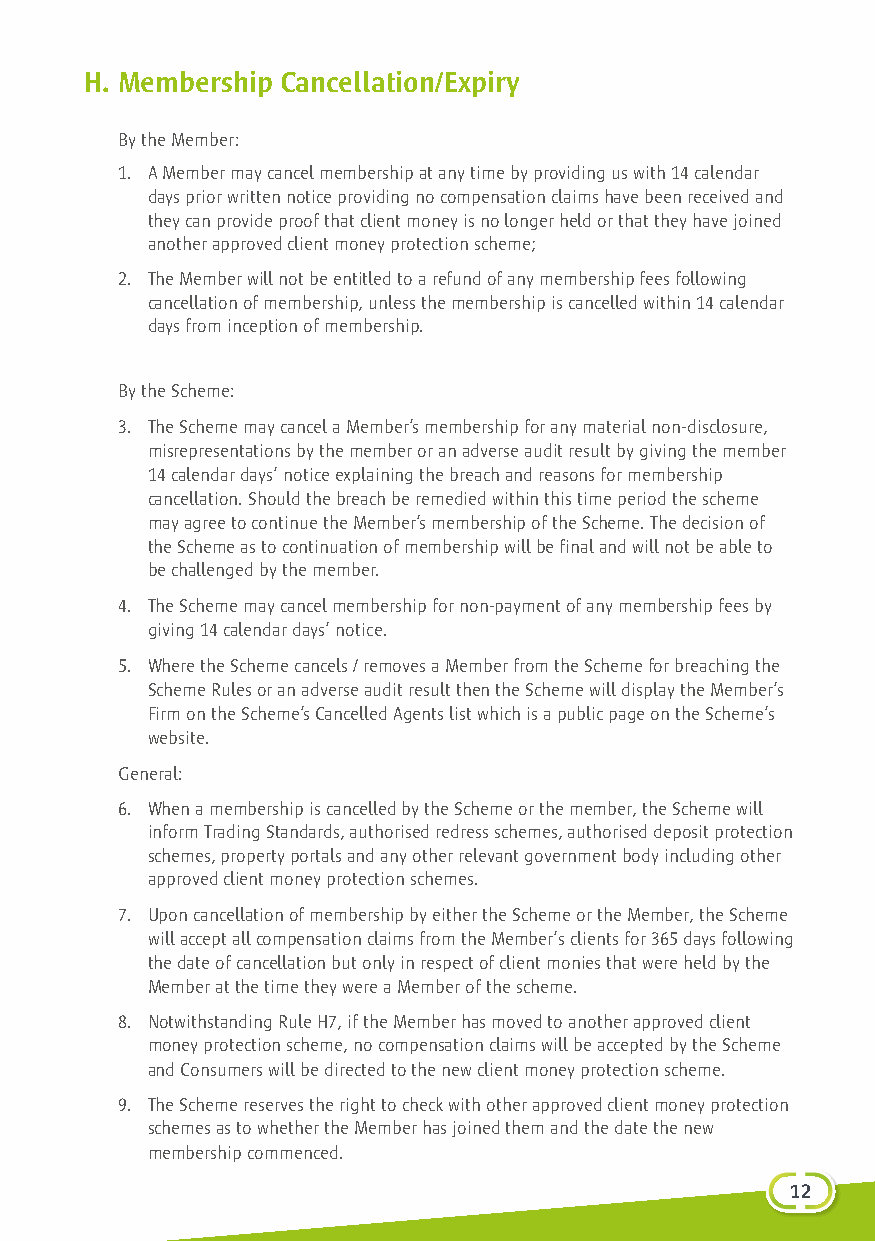
H. Membership Cancellation/Expiry
 By the Member:
 1. A Member may cancel membership at any time by providing us with 14 calendar
 days prior written notice providing no compensation claims have been received and
 they can provide proof that client money is no longer held or that they have joined
 another approved client money protection scheme;
 2. The Member will not be entitled to a refund of any membership fees following
 cancellation of membership, unless the membership is cancelled within 14 calendar
 days from inception of membership.
 By the Scheme:
 3. The Scheme may cancel a Member’s membership for any material non-disclosure,
 misrepresentations by the member or an adverse audit result by giving the member
 14 calendar days’ notice explaining the breach and reasons for membership
 cancellation. Should the breach be remedied within this time period the scheme
 may agree to continue the Member’s membership of the Scheme. The decision of
 the Scheme as to continuation of membership will be final and will not be able to
 be challenged by the member.
 4. The Scheme may cancel membership for non-payment of any membership fees by
 giving 14 calendar days’ notice.
 5. Where the Scheme cancels / removes a Member from the Scheme for breaching the
 Scheme Rules or an adverse audit result then the Scheme will display the Member’s
 Firm on the Scheme’s Cancelled Agents list which is a public page on the Scheme’s
 website.
 General:
 6. When a membership is cancelled by the Scheme or the member, the Scheme will
 inform Trading Standards, authorised redress schemes, authorised deposit protection
 schemes, property portals and any other relevant government body including other
 approved client money protection schemes.
 7. Upon cancellation of membership by either the Scheme or the Member, the Scheme
 will accept all compensation claims from the Member’s clients for 365 days following
 the date of cancellation but only in respect of client monies that were held by the
 Member at the time they were a Member of the scheme.
 8. N otwithstanding Rule H7, if the Member has moved to another approved client
 money protection scheme, no compensation claims will be accepted by the Scheme
 and Consumers will be directed to the new client money protection scheme.
 9. The Scheme reserves the right to check with other approved client money protection
 schemes as to whether the Member has joined them and the date the new
 membership commenced.
 112